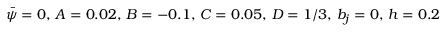
\bar { \psi } = 0 , \, A = 0 . 0 2 , \, B = - 0 . 1 , \, C = 0 . 0 5 , \, D = 1 / 3 , \, b _ { j } = 0 , \, h = 0 . 2